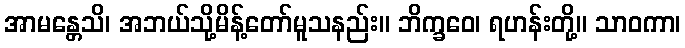
အာမန္တေသိ၊ အဘယ်သို့မိန့်တော်မူသနည်း။ ဘိက္ခဝေ၊ ရဟန်းတို့။ သာဝကာ၊